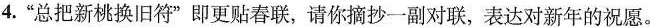
4.”总把新桃换旧符”即更贴春联，请你摘抄一副对联，表达对新年的祝愿。